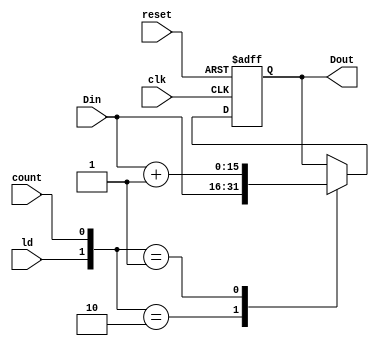
`timescale 1ns / 1ps
//////////////////////////////////////////////////////////////////////////////////
// Company: 
// Engineer: 
// 
// Design Name: 
// Module Name:    p_c 
// Project Name: 
// Target Devices: 
// Tool versions: 
// Description: 
//
// Dependencies: 
//
// Revision: 
// Revision 0.01 - File Created
// Additional Comments: 
//
//////////////////////////////////////////////////////////////////////////////////
module Reg_16(clk, reset, ld, count, Din, Dout);

input clk, reset, ld, count;
input [15:0] Din;
output reg [15:0] Dout;

always @ (posedge clk or posedge reset)
	if(reset == 1'b1)
		Dout <= 16'b0;
	else
		case({ld,count})
			2'b10: Dout <= Din;
			2'b01: Dout <= Din +16'b1;
			default: Dout <= Dout;
		endcase
endmodule